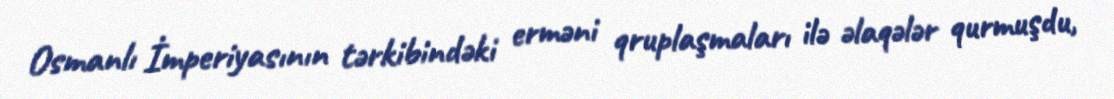
Osmanlı İmperiyasının tərkibindəki erməni qruplaşmaları ilə əlaqələr qurmuşdu,